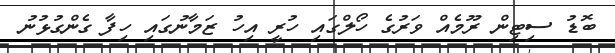
ބޮޑު ސިޓިން ރޫމެއް ވަރުގެ ހޯލްގައި ހުރީ އިހު ޒަމާނުގައި ހިފާ ގެންގުޅުނު